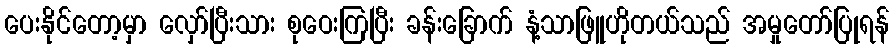
ပေးနိုင်တော့မှာ လှော်ပြီးသား စုဝေးကြပြီး ခန်းခြောက် နံ့သာဖြူဟိုတယ်သည် အမှုတော်ပြုရန်